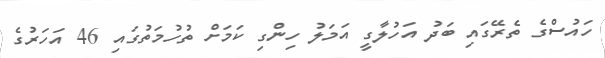
ހައުސްގެ ތެރޭގައި ބަދު އަހުލާގީ އަމަލު ހިންގި ކަމަށް ތުހުމަތުގައި 46 އަހަރުގެ